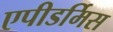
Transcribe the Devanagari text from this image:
एपीडर्मिस